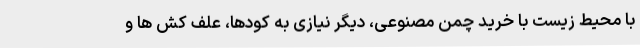
با محیط زیست با خرید چمن مصنوعی، دیگر نیازی به کودها، علف کش ها و